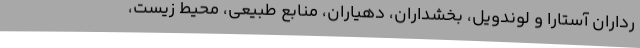
رداران آستارا و لوندویل، بخشداران، دهیاران، منابع طبیعی، محیط زیست،